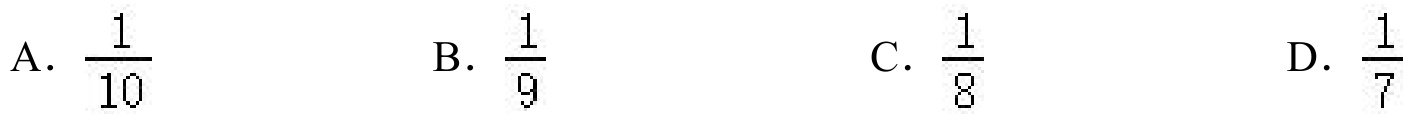
A. \(\frac{1}{10}\)
B. \(\frac{1}{9}\)
C. \(\frac{1}{8}\)
D. \(\frac{1}{7}\)